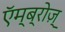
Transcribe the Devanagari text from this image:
एॅम्ब्रोज़्